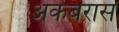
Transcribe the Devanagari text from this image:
अकबरास